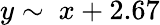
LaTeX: y\sim\ x+2.67